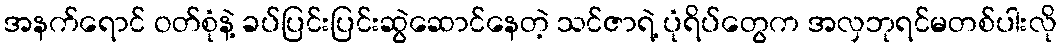
အနက်ရောင် ဝတ်စုံနဲ့ ခပ်ပြင်းပြင်းဆွဲဆောင်နေတဲ့ သင်ဇာရဲ့ ပုံရိပ်တွေက အလှဘုရင်မတစ်ပါးလို